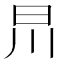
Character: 𣅕